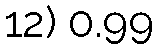
12) 0.99